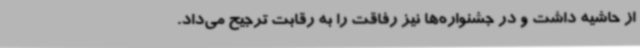
از حاشیه داشت و در جشنواره‌ها نیز رفاقت را به رقابت ترجیح می‌داد.